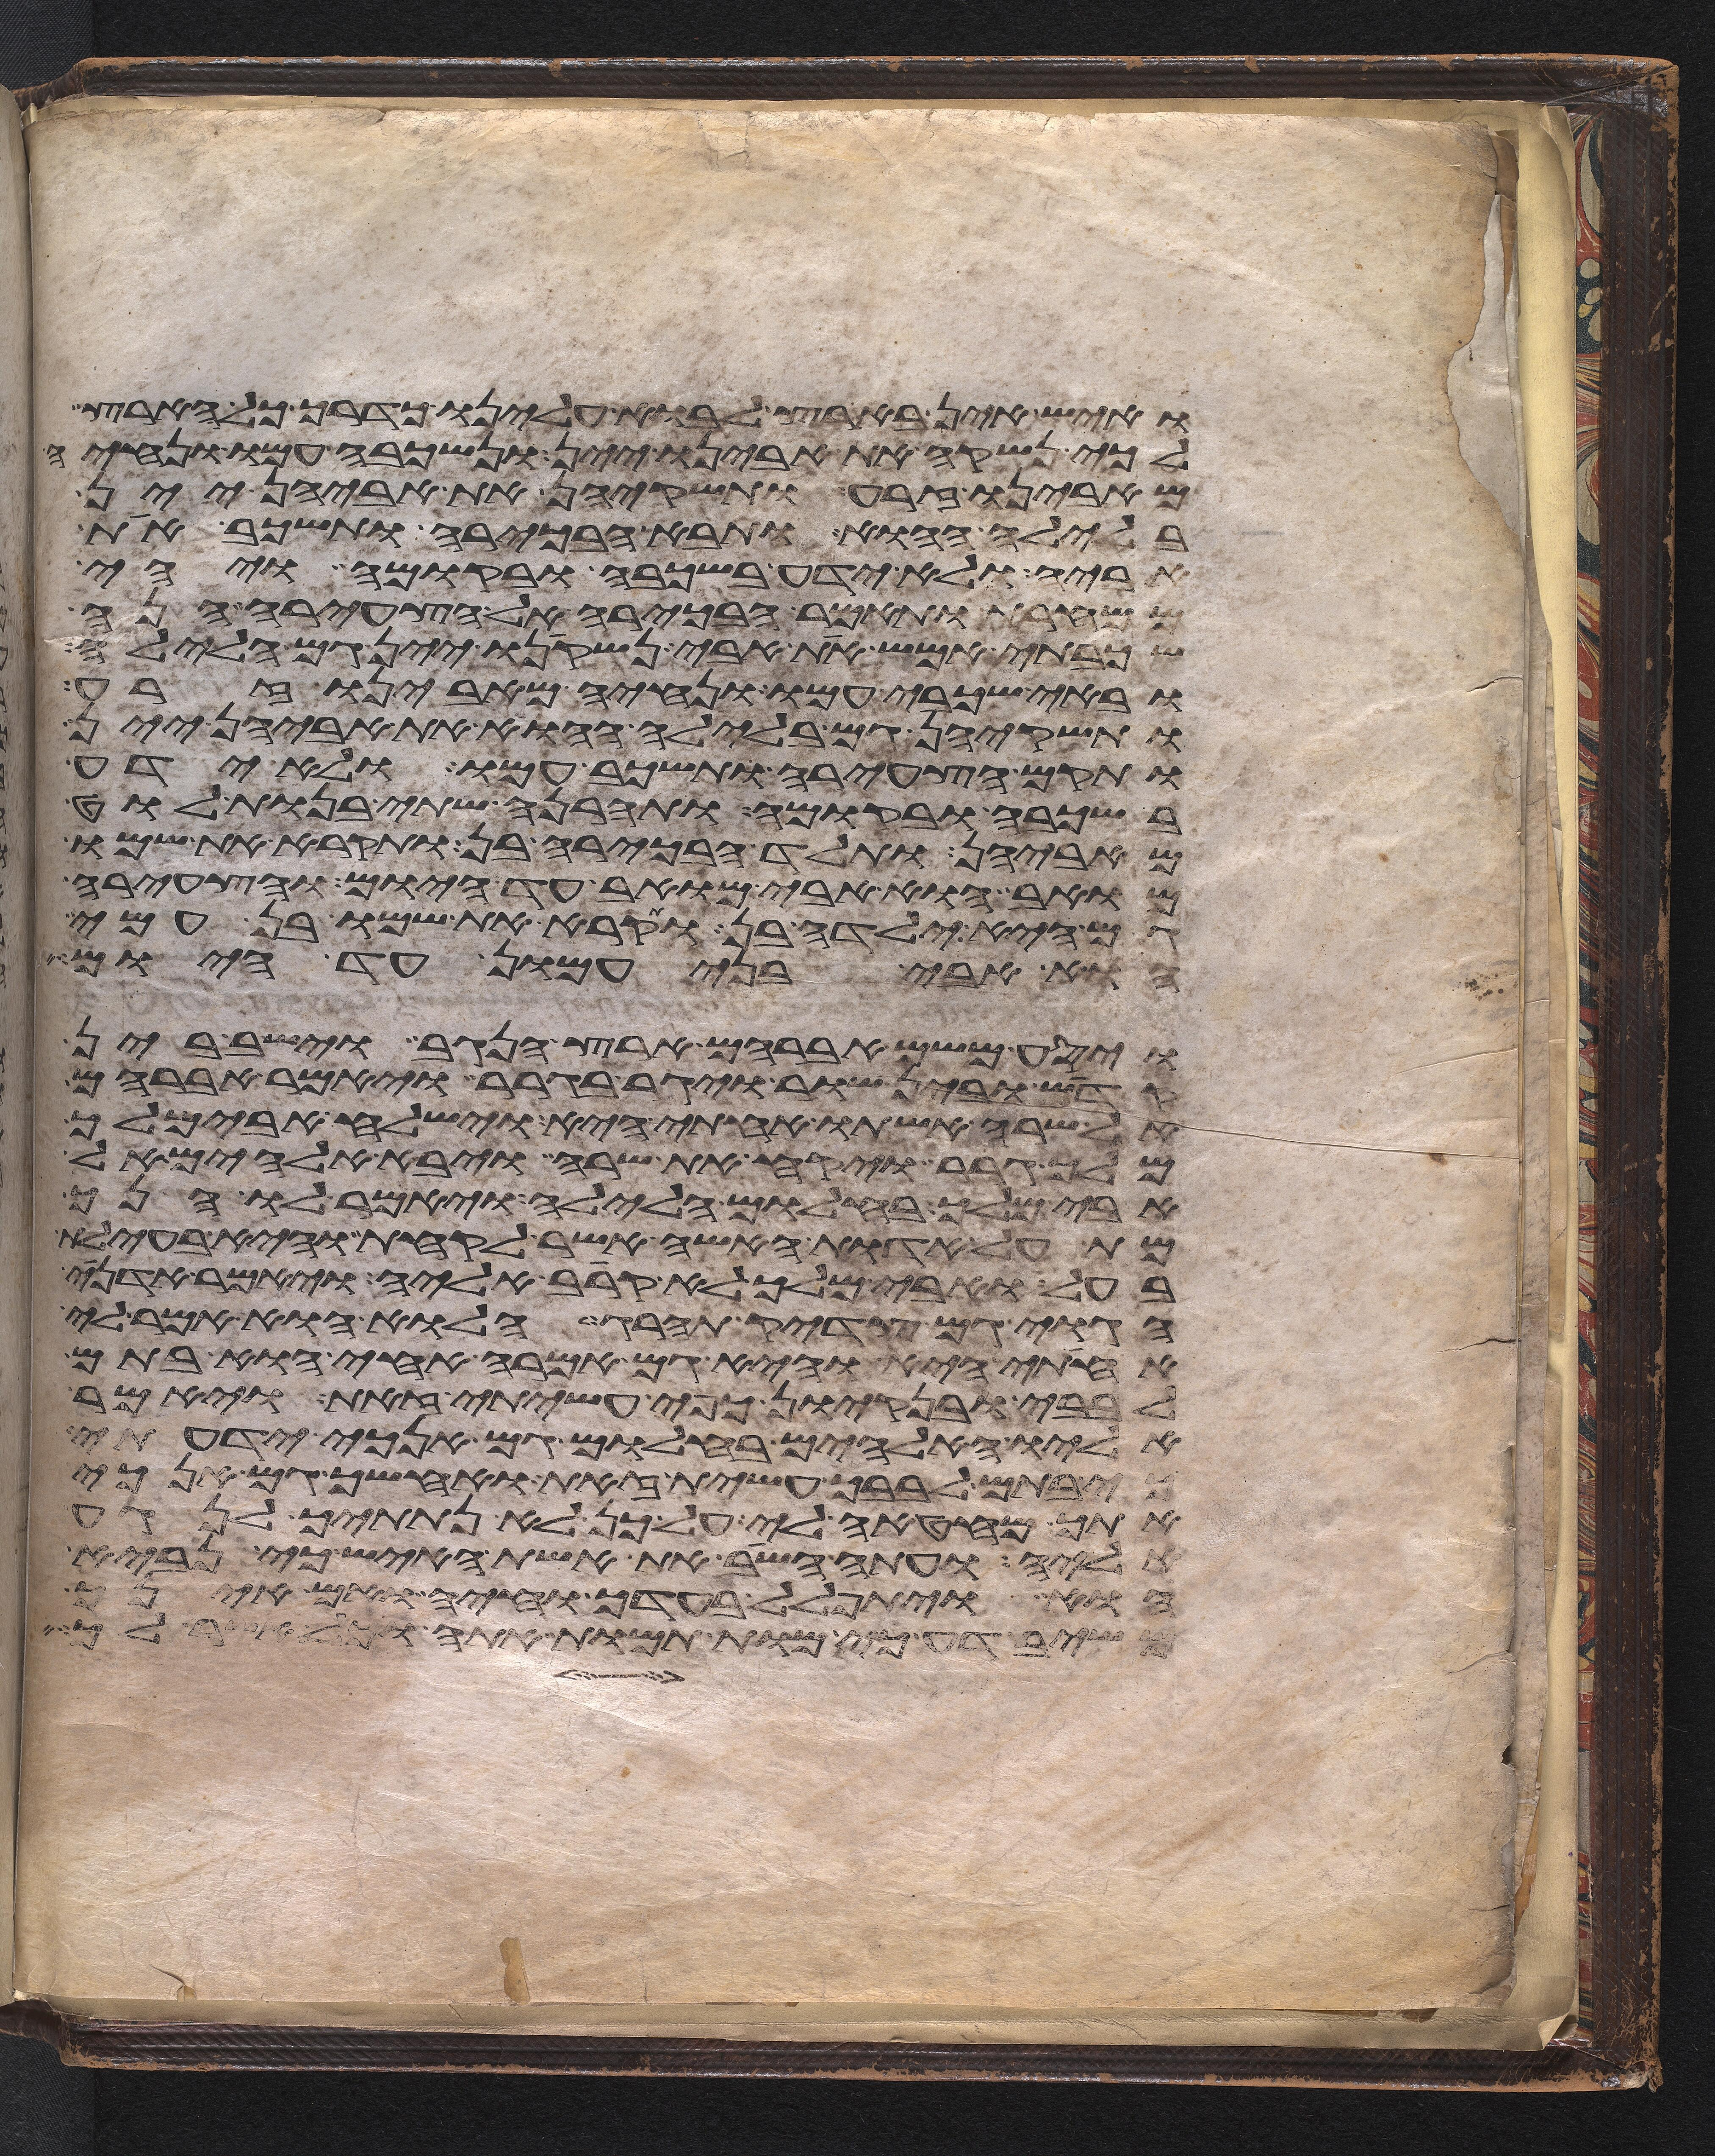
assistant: ואיש אין בארץ לבוא עלינו כדרך כל הארץ
לכי נשקה את אבינו יין ונשכבה עמו ונחיה
מאבינו זרע ותשקיהן את אביהן יין
בלילה ההוא ותבא הבכירה ותשכב את
אביה ולא ידע בשכבה ובקומה ויהי
ממחרת ותאמר הבכירה אל הצעירה הנה
שכבתי אמש את אבי נשקינו יין גם הלילה
ובאי שכבי עמו ונחיה מאבינו זרע
ותשקיהן גם בלילה ההוא את אביהן יין
ותקם הצעירה ותשכב עמו ולא ידע
בשכבה ובקומה ותהרנה שתי בנות לוט
מאביהן ותלד הבכירה בן ותקרא את שמו
מואב הוא אבי מואב עד היום והצעירה
גם היא ילדה בן ותקרא את שמו בן עמי
הוא אבי בני עמון עד היום
ויסע משם אברהם ארץ הנגב וישב בין
קדש ובין שור ויגר בגרר ויאמר אברהם
אל שרה אשתו אחותי היא וישלח אבימלך
מלך גרר ויקח את שרה ויבא אלהים אל
אבימלך בחלום הלילה ויאמר לו הנך
מת על אדות האשה אשר לקחת והיא בעילת
בעל ואבימלך לא קרב אליה ויאמר אדני
הגוי גם צדיק תהרג הלוא הוא אמר לי
אחותי היא והיא גם אמרה אחי הוא בתם
לבבי ובנקיון כפי עשיתי זאת ויאמר
אליו האלהים בחלום גם אנכי ידעתי
כי בתם לבבך עשית זאת ואחשך גם אנכי
אתך מחטאה לי על כן לא נתתיך לנגע
אליה ועתה השב את אשת האיש כי נביא
הוא ויתפלל בעדך וחיה ואם אינך
משיב דע כי מות תמות אתה וכל אשר לך